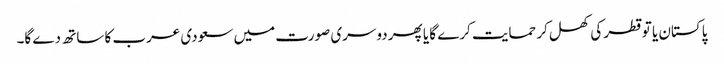
پاکستان یا تو قطر کی کھل کر حمایت کرے گا یا پھر دوسری صورت میں سعودی عرب کا ساتھ دے گا۔